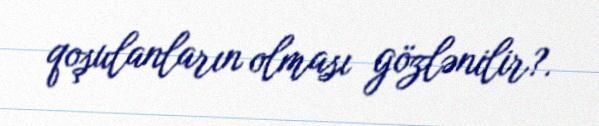
qoşulanların olması gözlənilir?.